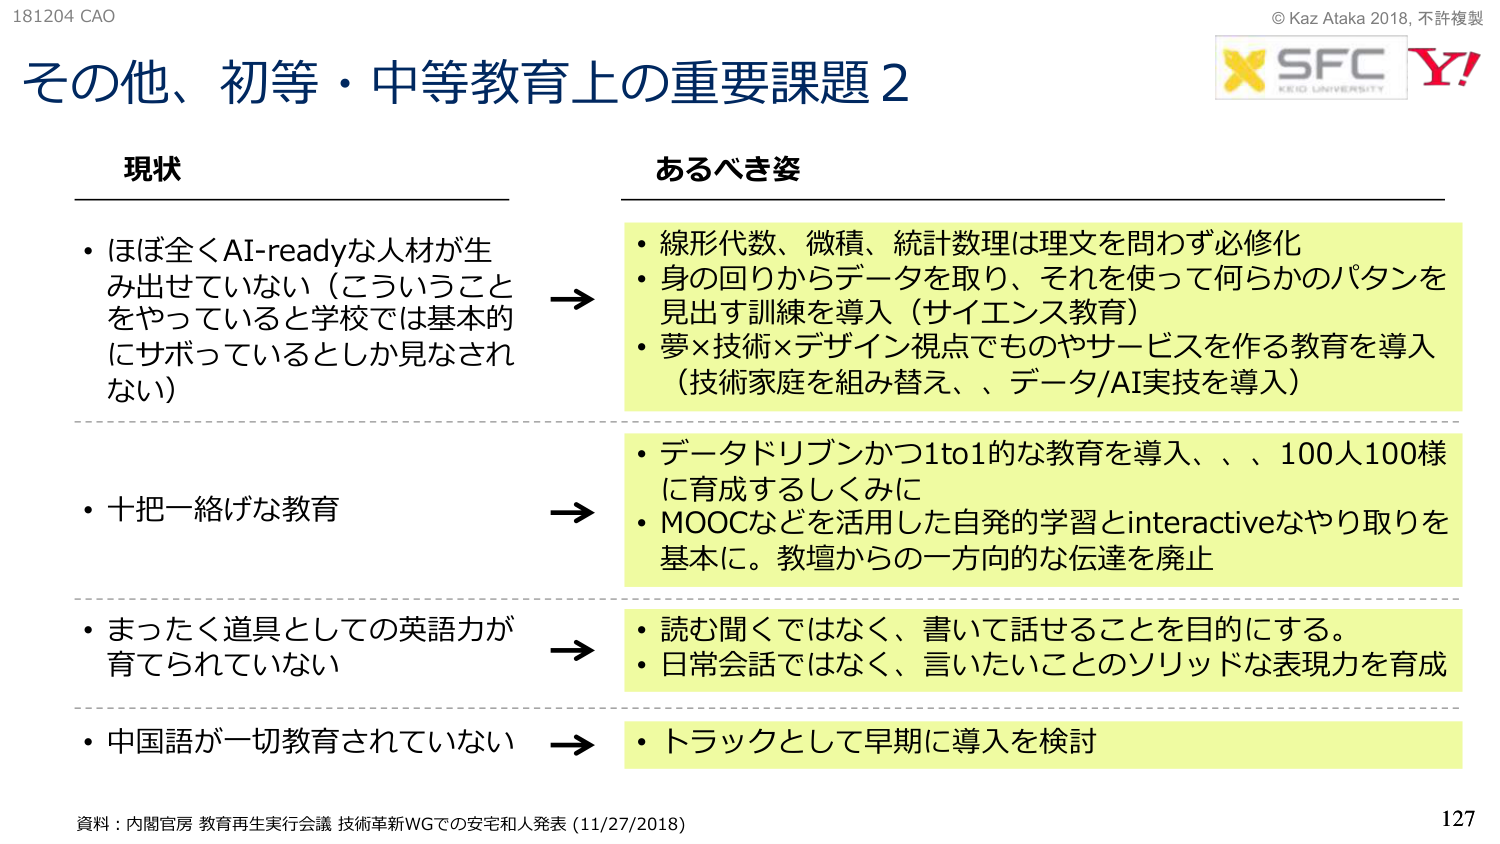
181204 CAO
その他、初等・中等教育上の重要課題2
現状
・ほぼ全くAI-readyな人材が生み出せていない（こういうことをやっていると学校では基本的にサボっているとしか見なされない）
・十把一絡げな教育
・まったく道具としての英語力が育てられていない
・中国語が一切教育されていない
→
あるべき姿
・線形代数、微積、統計数理は理文を問わず必修化
・身の回りからデータを取り、それを使って何らかのパタンを見出す訓練を導入（サイエンス教育）
・夢×技術×デザイン視点でものやサービスを作る教育を導入（技術家庭を組み替え、、データ/AI実技を導入）
・データドリブンかつ1to1的な教育を導入、、、100人100様に育成するしくみに
・MOOCなどを活用した自発的学習とinteractiveなやり取りを基本に。教壇からの一方向的な伝達を廃止
・読み聞くではなく、書いて話せることを目的にする。
・日常会話ではなく、言いたいことのソリッドな表現力を育成
・トラックとして早期に導入を検討
資料：内閣官房 教育再生実行会議 技術革新WGでの安宅和人発表 (11/27/2018)
© Kaz Ataka 2018, 不許複製
X SFC KEIO UNIVERSITY Y!
127